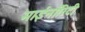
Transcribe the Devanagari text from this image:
माईनॉरिटी